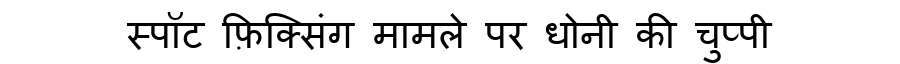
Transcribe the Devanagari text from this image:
स्पॉट फ़िक्सिंग मामले पर धोनी की चुप्पी